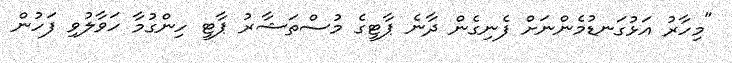
"މިހާރު އަޅުގަނޑުމެންނަށް ފެނިގެން ދާނެ ޕާޓީގެ މުސްތަޝާރު ޕާޓީ ހިންގުމާ ހަވާލުވި ފަހުން